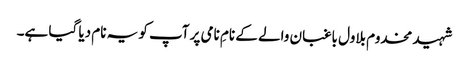
شہید مخدوم بلاول باغبان والے کے نامِ نامی پر آپ کو یہ نام دیا گیا ہے۔